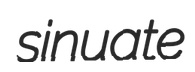
sinuate